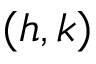
( h , k )